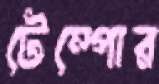
টেম্পোর